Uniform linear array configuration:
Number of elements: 32
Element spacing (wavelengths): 0.25
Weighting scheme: exponential
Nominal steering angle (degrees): -30
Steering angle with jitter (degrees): -28.371
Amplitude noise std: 0.05
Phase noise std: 0.05

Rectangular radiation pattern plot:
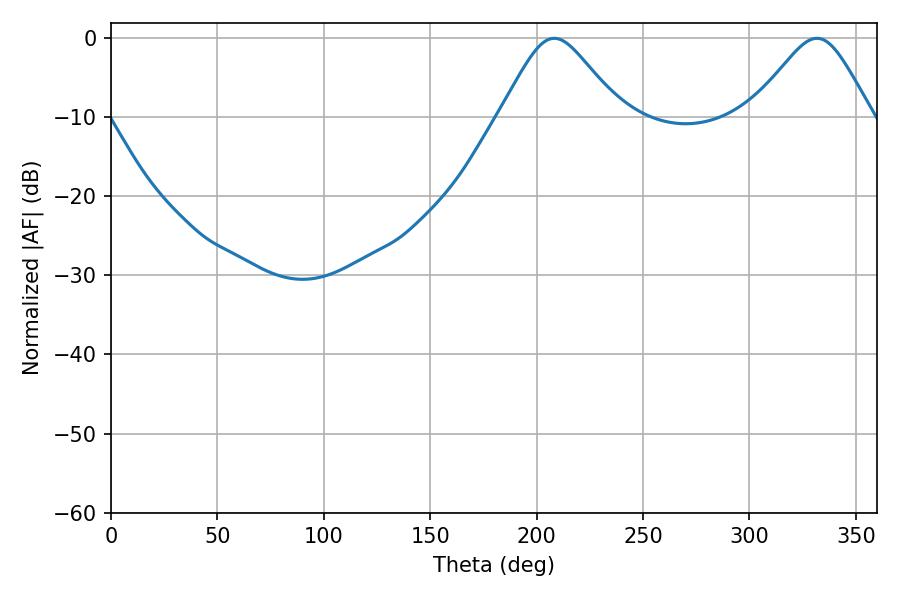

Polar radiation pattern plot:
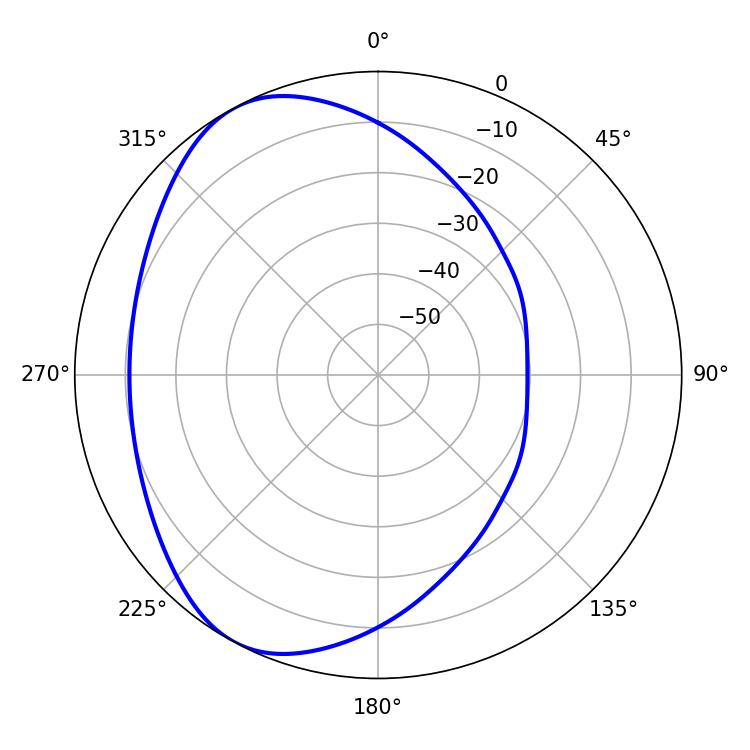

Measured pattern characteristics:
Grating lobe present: FALSE
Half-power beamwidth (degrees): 27.18
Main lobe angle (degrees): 208.26